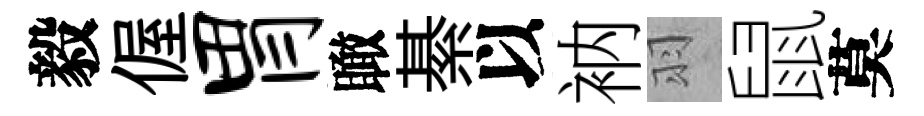
毅偓胃瞰綦以衲羽鼠莫